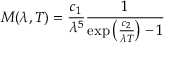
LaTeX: M ( \lambda , T ) = { \frac { c _ { 1 } } { \lambda ^ { 5 } } } { \frac { 1 } { \exp \left( { \frac { c _ { 2 } } { { \lambda } T } } \right) - 1 } }